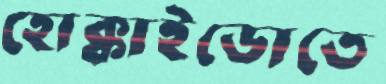
হোক্কাইডোতে